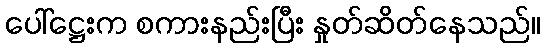
ပေါ်ဋ္ဌေးက စကားနည်းပြီး နှုတ်ဆိတ်နေသည်။